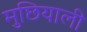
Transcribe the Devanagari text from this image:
मुछियाली